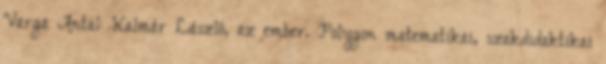
Varga Antal: Kalmár László, az ember. Polygon matematikai, szakdidaktikai